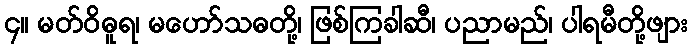
၄။ မတ်ဝိဓူရ၊ မဟော်သဓတို့၊ ဖြစ်ကြခါဆီ၊ ပညာမည်၊ ပါရမီတို့ဖျား